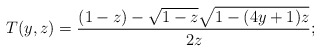
\begin{align*} T(y, z)=\frac{(1-z)-\sqrt{1-z}\sqrt{1-(4y+1)z}}{2z}; \end{align*}